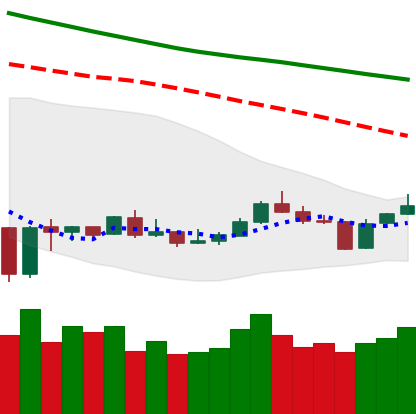
Ticker: BNB-USD
Chart end date: 2020-01-05
Forward return: 6.483%
Label: up_5_7